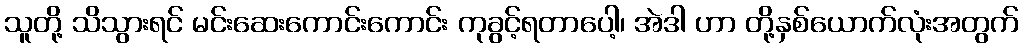
သူတို့ သိသွားရင် မင်းဆေးကောင်းကောင်း ကုခွင့်ရတာပေါ့၊ အဲဒါ ဟာ တို့နှစ်ယောက်လုံးအတွက်